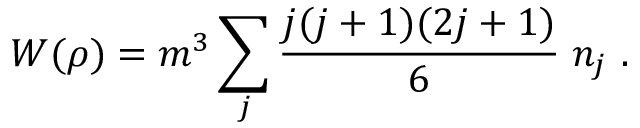
W { ( \rho ) } = m ^ { 3 } \sum _ { j } \frac { j ( j + 1 ) ( 2 j + 1 ) } { 6 } \; n _ { j } \ .